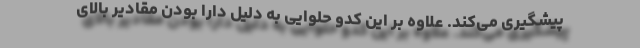
پیشگیری می‌کند. علاوه بر این کدو حلوایی به دلیل دارا بودن مقادیر بالای